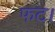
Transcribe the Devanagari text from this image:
फट।